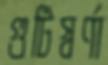
গুটিস্বর্ণা